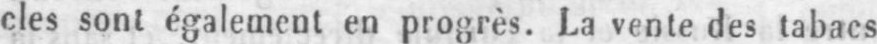
cles sont également en progrès. La vente des tabacs